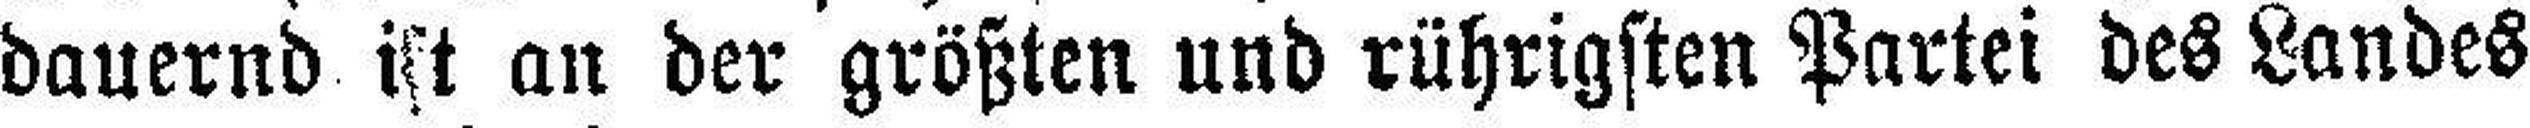
dauernd ist an der größten und rührigsten Partei des Landes